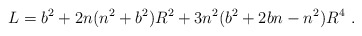
\begin{align*}L=b^{2}+2n(n^{2}+b^{2})R^{2}+3n^{2}(b^{2}+2bn-n^{2})R^{4}\, \, .\end{align*}